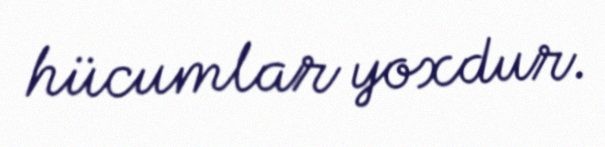
hücumlar yoxdur.